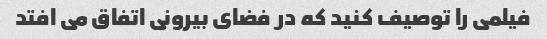
فیلمی را توصیف کنید که در فضای بیرونی اتفاق می افتد